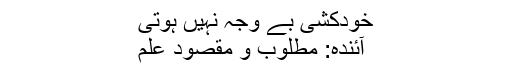
خودکشی بے وجہ نہیں ہوتی
آئندہ: مطلوب و مقصودِ علم